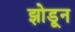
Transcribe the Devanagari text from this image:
झोडून